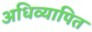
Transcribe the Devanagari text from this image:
अधिव्यापित